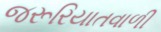
જરૂરિયાતવાળી